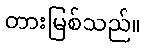
တားမြစ်သည်။